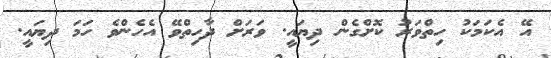
އޭ އެކަމަކު ހިތްވަރު ކޮށްގެން ދިޔައީ. ވަރަށް ދާހިތްވޭ އެހެންވެ ހަމަ ދިޔައީ.